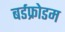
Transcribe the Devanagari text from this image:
बर्डफ्राेेडम